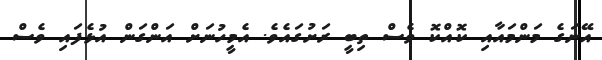
އޭނަގެ މަންމައާއި ކޮއްކޮ ވެސް ތިބީ ރަށުގައެވެ. އެމީހުނަށް އަންގަން އުޅެފައި ވެސް